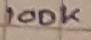
Text: 100k